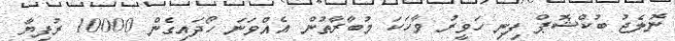
ނޮލެޖު ބުކްޝޮޕް ފިނި ހަވީރު ވާހަކަ މުބާރާތުން އެއްވަނަ ހޯދައިގެން 10000 ރުފިޔާ